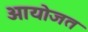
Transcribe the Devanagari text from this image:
आयोजत